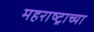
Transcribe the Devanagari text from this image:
महराष्ट्राच्या